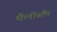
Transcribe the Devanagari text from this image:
थैलीसैंण